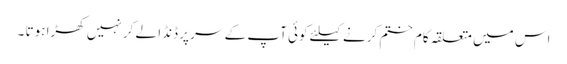
اس میں متعلقہ کام ختم کرنے کیلئے کوئی آپ کے سر پر ڈنڈا لے کر نہیں کھڑا ہوتا ۔